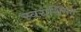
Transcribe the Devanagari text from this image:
स्वराशिगत